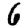
Digit: 6